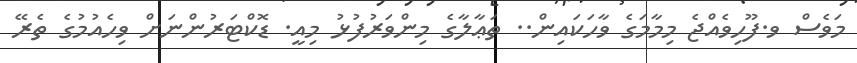
މަވެސް ވ.ފޫހިވެއްޖެ މިމާމަގެ ވާހަކައިން.. ތަޢާލާގެ މިންވަރުފުޅު މިއީ. ޑޮކްޓަރުންނަށް ވިހެއުމުގެ ތެރޭ